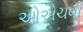
ઓએચવી